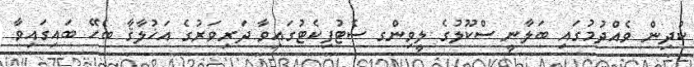
ކުދިން ވެއްދުމުގައި ބަލާނީ ސްކޫލުގެ ލީވިންގ ސެޓުފިކެޓުގައިވާ ދަރިވަރުގެ އަޚުލާޤާ ބެހޭ ބައިގައިވާ